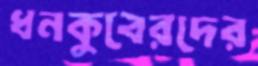
ধনকুবেরদের